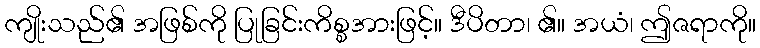
ကျိုးသည်၏ အဖြစ်ကို ပြုခြင်းကိစ္စအားဖြင့်။ ဒီပိတာ၊ ၏။ အယံ၊ ဤဇရာကို။